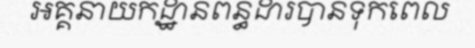
អគ្គនាយកដ្ឋានពន្ធដារបានទុកពេល